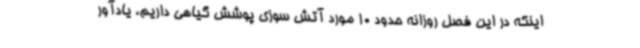
اینکه در این فصل روزانه حدود 10 مورد آتش سوزی پوشش گیاهی داریم، یادآور